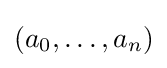
(a_{0},\dots ,a_{n})